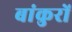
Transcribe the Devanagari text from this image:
बांकुरों